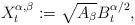
LaTeX: \begin{align*}X^{\alpha,\beta}_t:=\sqrt{A_\beta}B^{\alpha/2}_t,\end{align*}